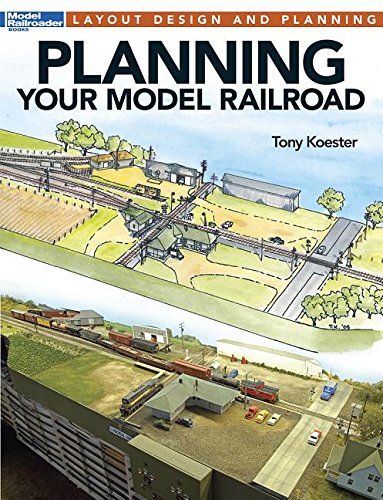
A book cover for Planning Your Model Railroad; Toney Koester; Crafts, Hobbies & Home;